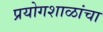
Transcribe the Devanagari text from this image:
प्रयोगशाळांचा